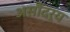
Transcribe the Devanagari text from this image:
असौंदर्य